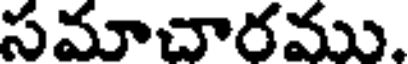
సమాచారము.